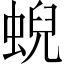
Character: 蜺